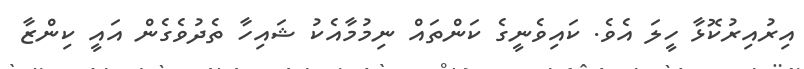
އިރުއިރުކޮޅާ ހީލަ އެވެ. ކައިވެނީގެ ކަންތައް ނިމުމާއެކު ޝައިހާ ތެދުވެގެން އައީ ކިންޒާ